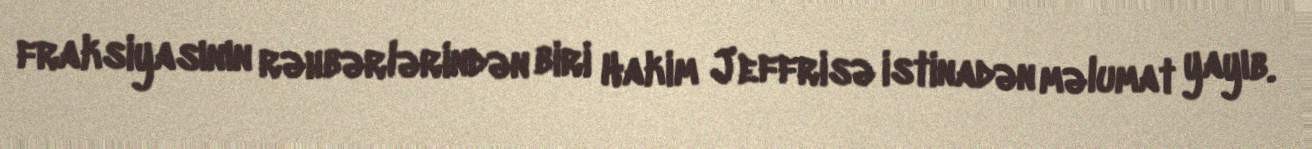
fraksiyasının rəhbərlərindən biri Hakim Jeffrisə istinadən məlumat yayıb.